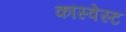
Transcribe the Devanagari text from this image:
कांस्वेस्ट